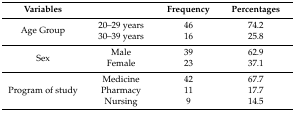
| Variables |  | Frequency | Percentages |
 | --- | --- | --- | --- |
 | <ROWSPAN=2> Age Group | 20–29 years | 46 | 74.2 |
 | 30–39 years | 16 | 25.8 |
 | <ROWSPAN=2> Sex | Male | 39 | 62.9 |
 | Female | 23 | 37.1 |
 | <ROWSPAN=3> Program of study | Medicine | 42 | 67.7 |
 | Pharmacy | 11 | 17.7 |
 | Nursing | 9 | 14.5 |